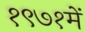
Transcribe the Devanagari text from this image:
१९७१में